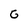
Character: G